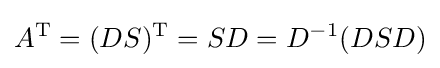
A^{\mathrm {T} }=(DS)^{\mathrm {T} }=SD=D^{-1}(DSD)